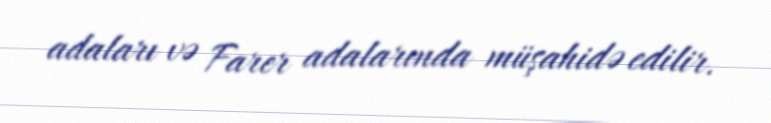
adaları və Farer adalarında müşahidə edilir.